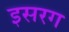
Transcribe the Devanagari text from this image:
इसरग